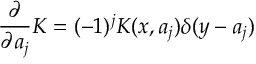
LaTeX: { \frac { \partial } { \partial a _ { j } } } K = ( - 1 ) ^ { j } K ( x , a _ { j } ) \delta ( y - a _ { j } )